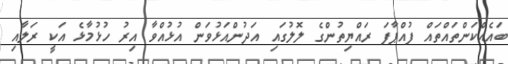
ބައެއްކަންތައްތައް ފުއްޕާފަ ރައްޔިތުންގެ ލޮލުގައި އަދުންއަޅުވަން އުޅުއްވާ އިރު ހުޅުމާޅެ އަކީ ރަލާއި